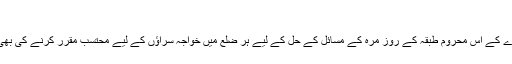
"
انہوں نے کہا معاشرے کے اس محروم طبقہ کے روز مرہ کے مسائل کے حل کے لیے ہر ضلع میں خواجہ سراؤں کے لیے محتسب مقرر کرنے کی بھی تجویز دی گئی ہے۔